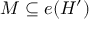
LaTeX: M \subseteq e ( H ^ { \prime } )